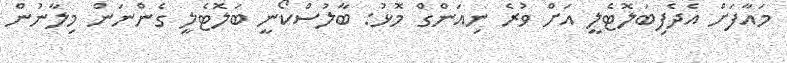
މައާފަށް އެދެފިބަލޮޓެލީ އަށް ވުރެ ނިއަންގް މޮޅު: ބާލުސްކޯނީ ބަލޮޓެލީ ގެންނަން މިލާނުން